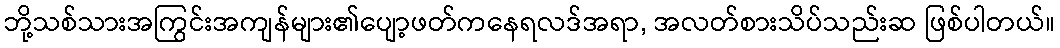
ဘို့သစ်သားအကြွင်းအကျန်များ၏ပျော့ဖတ်ကနေရလဒ်အရာ, အလတ်စားသိပ်သည်းဆ ဖြစ်ပါတယ်။